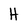
Character: H